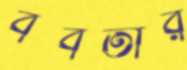
বর্বতার